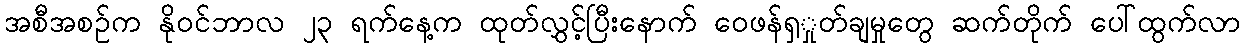
အစီအစဉ်က နိုဝင်ဘာလ ၂၃ ရက်နေ့က ထုတ်လွှင့်ပြီးနောက် ဝေဖန်ရှှုတ်ချမှုတွေ ဆက်တိုက် ပေါ်ထွက်လာ